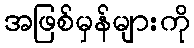
အဖြစ်မှန်များကို